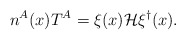
\begin{align*}n^A(x) T^A = \xi(x) {\cal H} \xi^\dagger(x) .\end{align*}